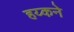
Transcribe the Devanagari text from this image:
हय्कने